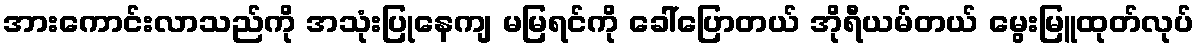
အားကောင်းလာသည်ကို အသုံးပြုနေကျ မမြရင်ကို ခေါ်ပြောတယ် အိုရီယမ်တယ် မွေးမြူထုတ်လုပ်